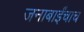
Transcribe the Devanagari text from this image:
जनाबाईंचाच